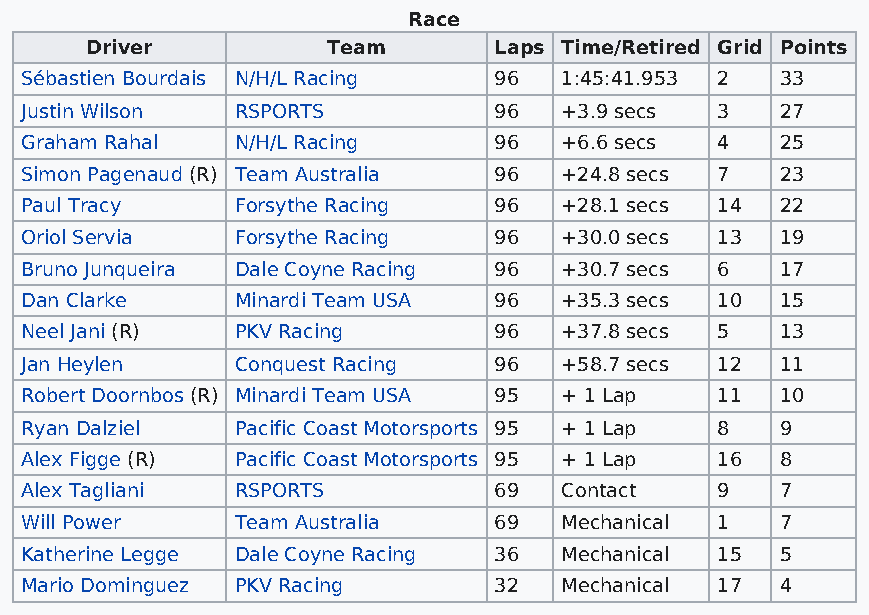
Race
 Driver          Team       Laps Time/Retired Grid Points
 Sébastien Bourdais N/H/L Racing 96  1:45:41.953 2  33
 Justin Wilson  RSPORTS          96  +3.9 secs 3    27
 Graham Rahal   N/H/L Racing     96  +6.6 secs 4    25
 Simon Pagenaud (R) Team Australia 96 +24.8 secs 7  23
 Paul Tracy     Forsythe Racing  96  +28.1 secs 14  22
 Oriol Servia   Forsythe Racing  96  +30.0 secs 13  19
 Bruno Junqueira Dale Coyne Racing 96 +30.7 secs 6  17
 Dan Clarke     Minardi Team USA 96  +35.3 secs 10  15
 Neel Jani (R)  PKV Racing       96  +37.8 secs 5   13
 Jan Heylen     Conquest Racing  96  +58.7 secs 12  11
 Robert Doornbos (R) Minardi Team USA 95 + 1 Lap 11 10
 Ryan Dalziel   Pacific Coast Motorsports 95 + 1 Lap 8 9
 Alex Figge (R) Pacific Coast Motorsports 95 + 1 Lap 16 8
 Alex Tagliani  RSPORTS          69  Contact   9    7
 Will Power     Team Australia   69  Mechanical 1   7
 Katherine Legge Dale Coyne Racing 36 Mechanical 15 5
 Mario Dominguez PKV Racing      32  Mechanical 17  4